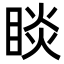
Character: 睒